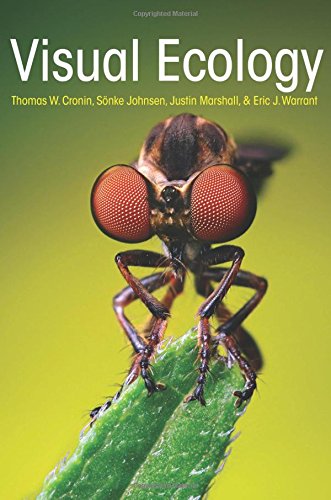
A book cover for Visual Ecology; Thomas W. Cronin; Science & Math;